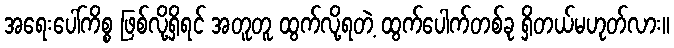
အရေးပေါ်ကိစ္စ ဖြစ်လို့ရှိရင် အတူတူ ထွက်လို့ရတဲ့ ထွက်ပေါက်တစ်ခု ရှိတယ်မဟုတ်လား။